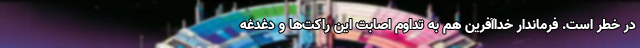
در خطر است. فرماندار خداآفرین هم به تداوم اصابت این راکت‌ها و دغدغه